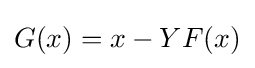
G(x)=x-YF(x)